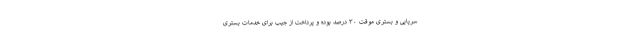
سرپایی و بستری موقت ۳۰ درصد بوده و پرداخت از جیب برای خدمات بستری